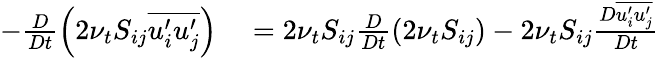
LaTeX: \begin{array}{rl}{-\frac{D}{Dt}\left(2\nu_{t}S_{ij}\overline{{u_{i}^{\prime}u_{j}^{\prime}}}\right)}&{{}=2\nu_{t}S_{ij}\frac{D}{Dt}\left(2\nu_{t}S_{ij}\right)-2\nu_{t}S_{ij}\frac{D\overline{{u_{i}^{\prime}u_{j}^{\prime}}}}{Dt}}\end{array}